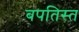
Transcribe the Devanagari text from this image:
बपतिस्त